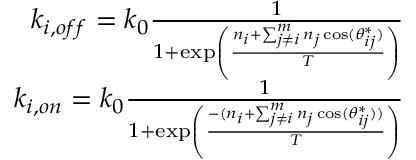
\begin{array} { r } { k _ { i , o f f } = k _ { 0 } \frac { 1 } { 1 + \exp \left( \frac { n _ { i } + \sum _ { j \neq i } ^ { m } n _ { j } \cos ( \theta _ { i j } ^ { * } ) } { T } \right) } } \\ { k _ { i , o n } = k _ { 0 } \frac { 1 } { 1 + \exp \left( \frac { - ( n _ { i } + \sum _ { j \neq i } ^ { m } n _ { j } \cos ( \theta _ { i j } ^ { * } ) ) } { T } \right) } } \end{array}